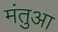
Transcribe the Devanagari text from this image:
मंतुआ